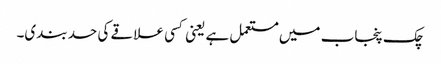
چک پنجاب میں مستعمل ہے یعنی کسی علاقے کی حد بندی۔